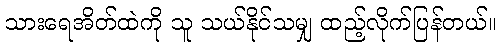
သားရေအိတ်ထဲကို သူ သယ်နိုင်သမျှ ထည့်လိုက်ပြန်တယ်။